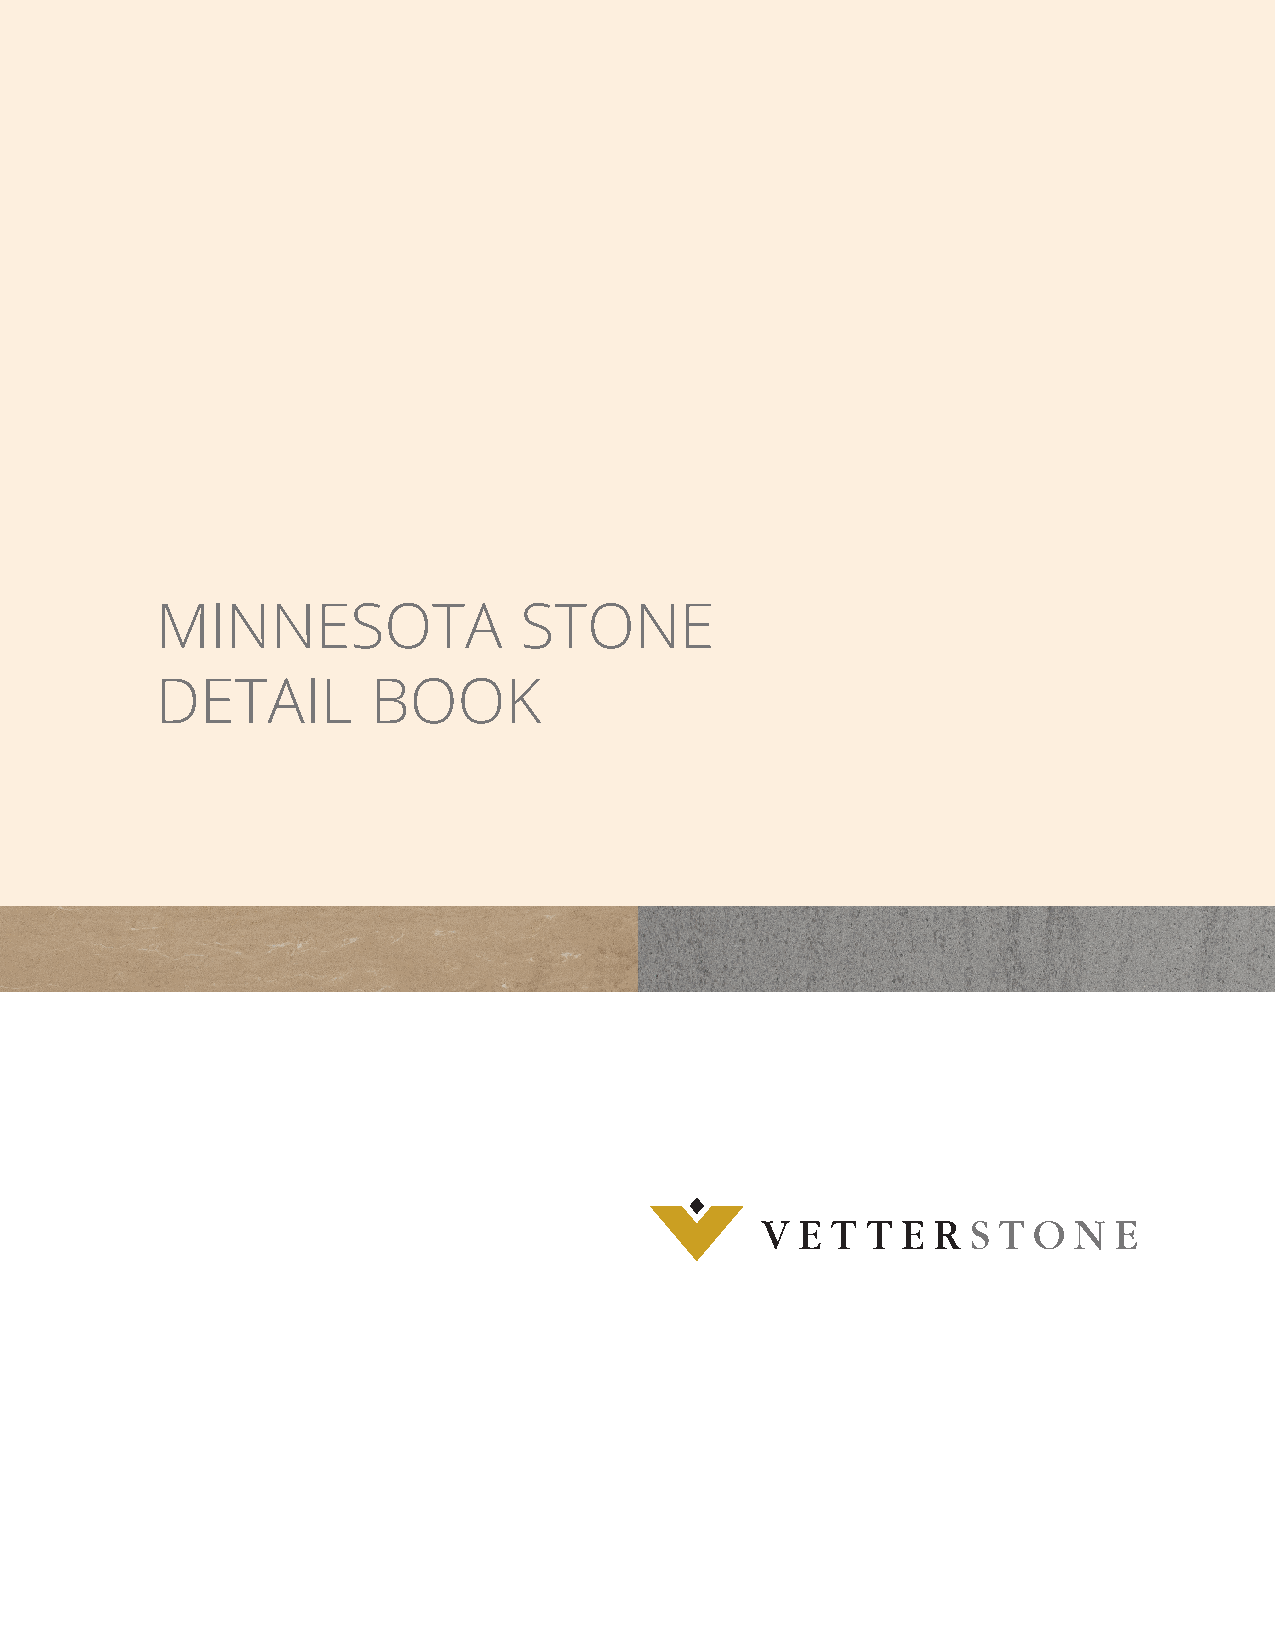
MINNESOTA               STONE
 DETAIL         BOOK